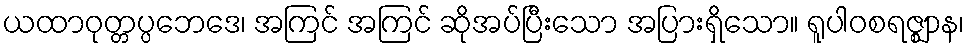
ယထာဝုတ္တပ္ပဘေဒေ၊ အကြင် အကြင် ဆိုအပ်ပြီးသော အပြားရှိသော။ ရူပါဝစရဇ္ဈာန၊